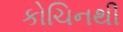
કોચિનથી